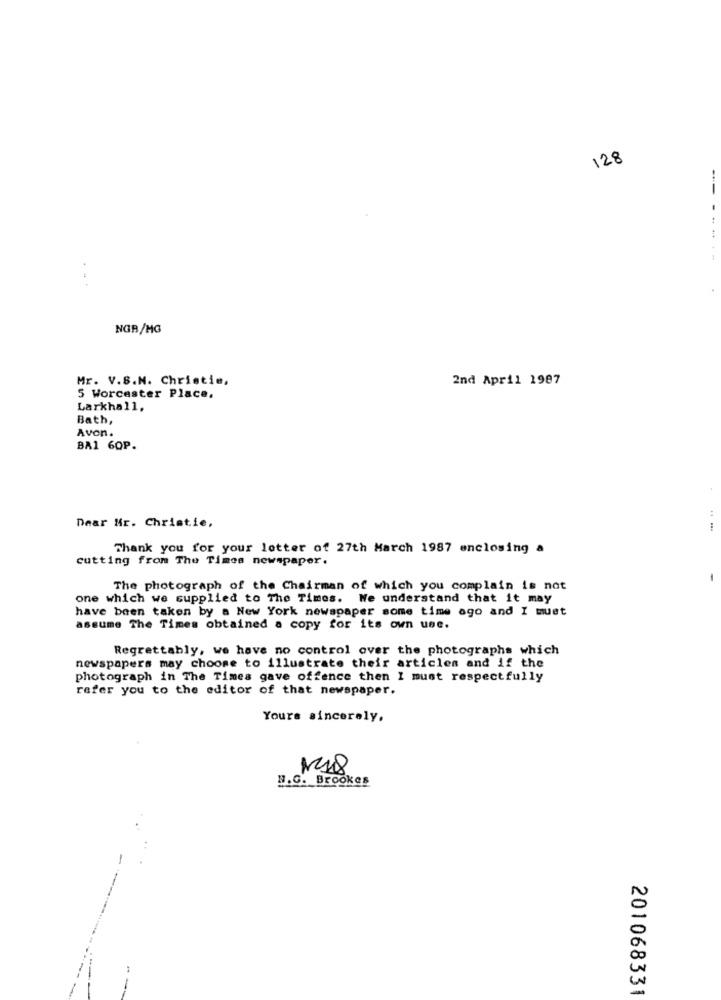
128
.. ...
NGB/MG
Mr. V.S.N. Christie,
2nd April 1987
5 Worcester Place.
Larkhall,
Bath,
Avon.
BA1 60P.
:
Dear Mr. Christie,
Thank you for your letter of 27th March 1987 enclosing a
cutting from The Times newspaper.
-
The photograph of the Chairman of which you complain is not
one which we supplied to The Times. We understand that it may
have been taken by a New York newspaper some time ago and I muet
assume The Times obtained a copy for its own use.
Regrettably, we have no control over the photographs which
newspapers may choose to illustrate their articles and if the
photograph in The Times gave offence then I must respectfully
refer you to the editor of that newspaper.
Yours sincerely,
1218
N.G. Brookes
201068331